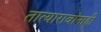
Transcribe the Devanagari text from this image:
तात्यारावांनाही